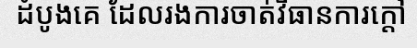
ដំបូងគេ ដែលរងការចាត់វិធានការក្តៅ